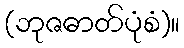
(ဘုဇဓာတ်ပုံစံ)။